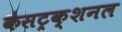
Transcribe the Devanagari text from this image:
कंसट्रक्शनल